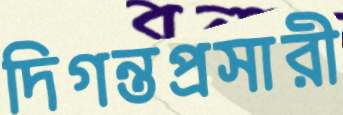
দিগন্তপ্রসারী